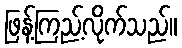
ဖြန့်ကြည့်လိုက်သည်။